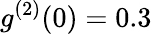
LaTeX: g^{(2)}(0)=0.3